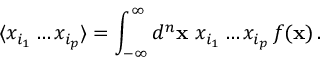
\langle x _ { i _ { 1 } } \dots x _ { i _ { p } } \rangle = \int _ { - \infty } ^ { \infty } d ^ { n } { \bf x } \ x _ { i _ { 1 } } \dots x _ { i _ { p } } \, f ( { \bf x } ) \, .